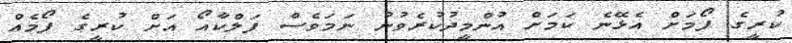
ކުރީގެ ފޯމަށް އެޅޭނެ ކަމަށް އުންމީދުކުރެވުނު ނަމަވެސް ފަލްކާއޯ އަށް ކުރީގެ ފޯމެއް